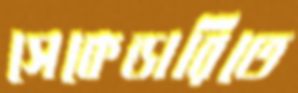
সেকেন্ডারিতে